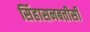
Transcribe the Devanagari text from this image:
सिंहासनबत्तीसी